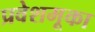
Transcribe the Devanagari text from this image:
प्रवेशमूका